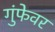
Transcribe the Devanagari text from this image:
गुंफेवर